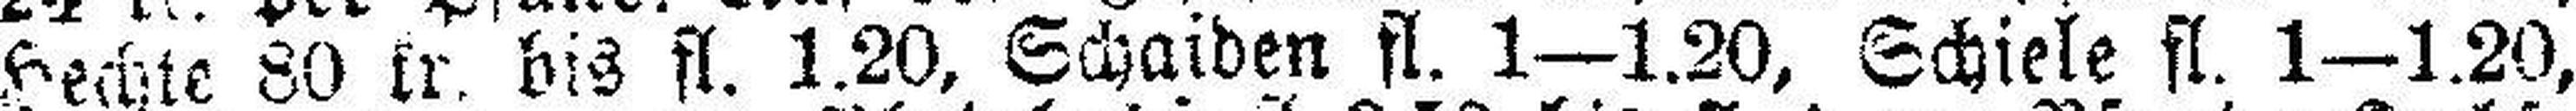
Hechte 80 kr. bis fl. 1.20, Schaiden fl. 1—1.20, Schiele fl. 1—1.20,